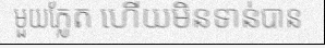
មួយភ្លែត ហើយមិនទាន់បាន